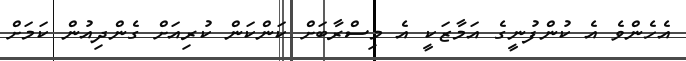
އެހެންވެ އެ ކުންފުނީގެ އަމާޒަކީ އެ މިސްރާބަށް ކަންކަން ކުރިއަށް ގެންދިއުން ކަމަށް